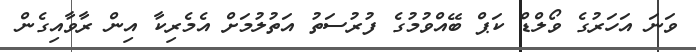
ވަނަ އަހަރުގެ ވޯލްޑް ކަޕް ބޭއްވުމުގެ ފުރުސަތު އަތުލުމަށް އެމެރިކާ އިން ރާވާއިގެން